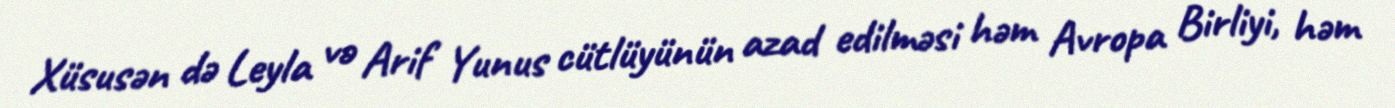
Xüsusən də Leyla və Arif Yunus cütlüyünün azad edilməsi həm Avropa Birliyi, həm